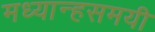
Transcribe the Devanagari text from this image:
मध्यान्हसमयी